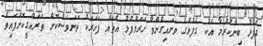
ގެފުޅު ބިނާކުރުމާ އެކު ގެފުޅުގެ ވަށައިގެންވާ ހަރަމްފުޅު އެތައް ފަހަރަކު ތަނަވަސްކޮށް ތަރައްގީކޮށްފައިވެ